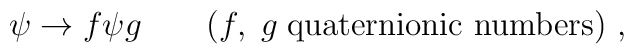
\psi \rightarrow f \psi g \quad \quad (f, \; g \; \mbox{quaternionic numbers} ) ~ ,